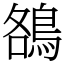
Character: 鵅